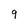
Character: 9